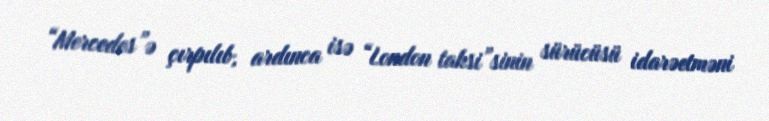
“Mercedes”ə çırpılıb, ardınca isə “London taksi”sinin sürücüsü idarəetməni